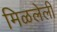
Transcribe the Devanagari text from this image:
मिळलेली